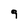
Character: 9